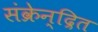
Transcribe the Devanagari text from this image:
संक्रेन्द्रित